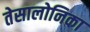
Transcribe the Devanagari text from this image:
तेसालोनिका